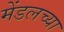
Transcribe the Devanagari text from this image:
मेंडलच्या